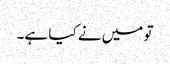
تو میں نے کیا ہے۔